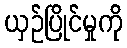
ယှဉ်ပြိုင်မှုကို